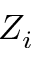
Z _ { i }